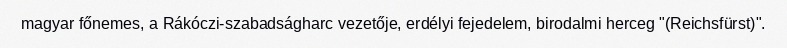
magyar főnemes, a Rákóczi-szabadságharc vezetője, erdélyi fejedelem, birodalmi herceg "(Reichsfürst)".